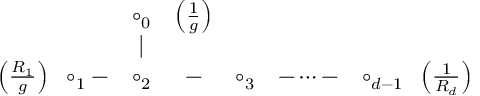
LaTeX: \begin{array} { c c c c c c c } { { } } & { { \circ _ { 0 } } } & { { \left( \frac { 1 } { g } \right) } } & { { } } & { { } } & { { } } & { { } } \\ { { } } & { { \mid } } & { { } } & { { } } & { { } } & { { } } & { { } } \\ { { \left( \frac { R _ { 1 } } { g } \right) \; \; \circ _ { 1 } - } } & { { \circ _ { 2 } } } & { { - } } & { { \circ _ { 3 } } } & { { - \dots - } } & { { \circ _ { d - 1 } \; \; \left( \frac { 1 } { R _ { d } } \right) } } \end{array}